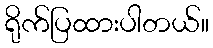
ရိုက်ပြထားပါတယ်။